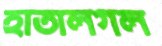
হাতালগল